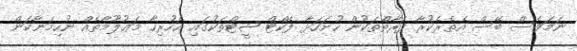
ނަމަވެސް ބޭސް އެތެރެކުރާ ފަރާތްތަކުން ހުށަހަޅާ ފެކްޓް ޝީޓްތަކުގައި އެހުރިހާ މަޢުލޫމާތެއް ނުހިމަނާކަން